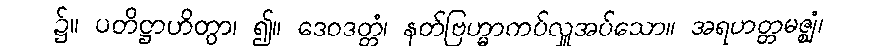
၌။ ပတိဋ္ဌာဟိတွာ၊ ၍။ ဒေဝဒတ္တံ၊ နတ်ဗြဟ္မာကပ်လှူအပ်သော။ အရဟတ္တမဇ္ဈံ၊